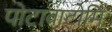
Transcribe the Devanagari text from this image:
पोटावाटोमि